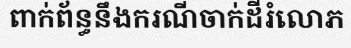
ពាក់ព័ន្ធនឹងករណីចាក់ដីរំលោភ